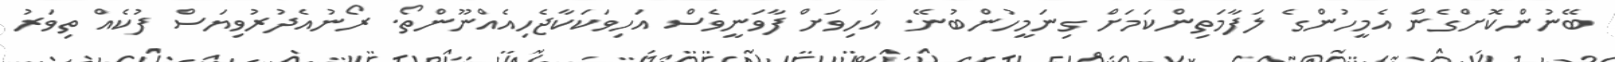
ބޭނުންކޮށްގެން އެމީހުންގެ ލަފާމަތިންކަމަށް ގިނަމީހުންބުނޭ. އަހިވަށް ފާވަނީވެސް އަހިވަކަކާޖެހިއެއްނޫންތޯ. ރޯނުއެދުރުވިޔަސް ފުކެއް ތިވަރު